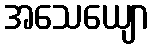
အသေယျော